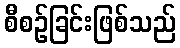
စီစဉ်ခြင်းဖြစ်သည်